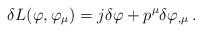
LaTeX: \begin{align*} \delta L(\varphi,\varphi_\mu) = j \delta \varphi + p^\mu \delta \varphi_{, \mu} \, .\end{align*}